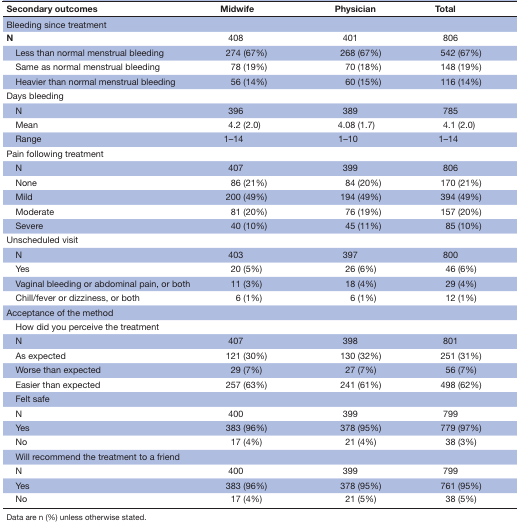
| Secondary outcomes | Midwife | Physician | Total |
 | --- | --- | --- | --- |
 | Bleeding since treatment |  |  |  |
 | N | 408 | 401 | 806 |
 | Less than normal menstrual bleeding | 274 (67%) | 268 (67%) | 542 (67%) |
 | Same as normal menstrual bleeding | 78 (19%) | 70 (18%) | 148 (19%) |
 | Heavier than normal menstrual bleeding | 56 (14%) | 60 (15%) | 116 (14%) |
 | <COLSPAN=4> Days bleeding |
 | N | 396 | 389 | 785 |
 | Mean | 4.2 (2.0) | 4.08 (1.7) | 4.1 (2.0) |
 | Range | 1–14 | 1–10 | 1–14 |
 | <COLSPAN=4> Pain following treatment |
 | N | 407 | 399 | 806 |
 | None | 86 (21%) | 84 (20%) | 170 (21%) |
 | Mild | 200 (49%) | 194 (49%) | 394 (49%) |
 | Moderate | 81 (20%) | 76 (19%) | 157 (20%) |
 | Severe | 40 (10%) | 45 (11%) | 85 (10%) |
 | Unscheduled visit |  |  |  |
 | N | 403 | 397 | 800 |
 | Yes | 20 (5%) | 26 (6%) | 46 (6%) |
 | Vaginal bleeding or abdominal pain, or both | 11 (3%) | 18 (4%) | 29 (4%) |
 | Chill/fever or dizziness, or both | 6 (1%) | 6 (1%) | 12 (1%) |
 | Acceptance of the method |  |  |  |
 | How did you perceive the treatment |  |  |  |
 | N | 407 | 398 | 801 |
 | As expected | 121 (30%) | 130 (32%) | 251 (31%) |
 | Worse than expected | 29 (7%) | 27 (7%) | 56 (7%) |
 | Easier than expected | 257 (63%) | 241 (61%) | 498 (62%) |
 | Felt safe |  |  |  |
 | N | 400 | 399 | 799 |
 | Yes | 383 (96%) | 378 (95%) | 779 (97%) |
 | No | 17 (4%) | 21 (4%) | 38 (3%) |
 | Will recommend the treatment to a friend |  |  |  |
 | N | 400 | 399 | 799 |
 | Yes | 383 (96%) | 378 (95%) | 761 (95%) |
 | No | 17 (4%) | 21 (5%) | 38 (5%) |